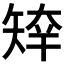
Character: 𥏣